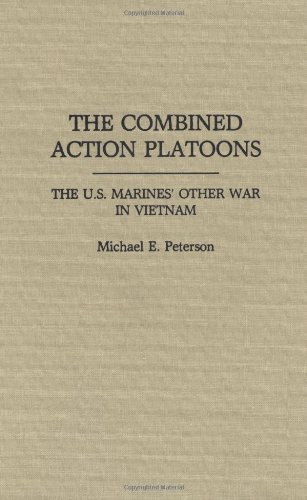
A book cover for The Combined Action Platoons: The U.S. Marines' Other War in Vietnam; Michael Peterson; History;